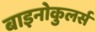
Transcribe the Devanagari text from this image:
बाइनोकुलर्स